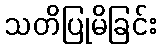
သတိပြုမိခြင်း